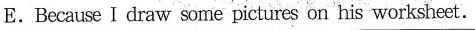
E.Because I draw some pictures on his worksheet.